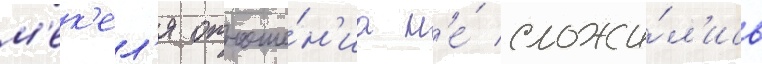
м'ек'ел'я отноше́н'иа н'е́ сложи́л'ись